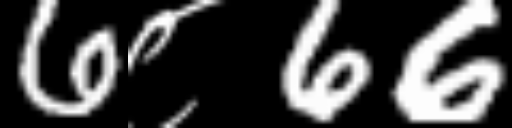
Text: 6८66